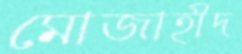
মোজাহীদ